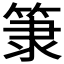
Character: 𥮤